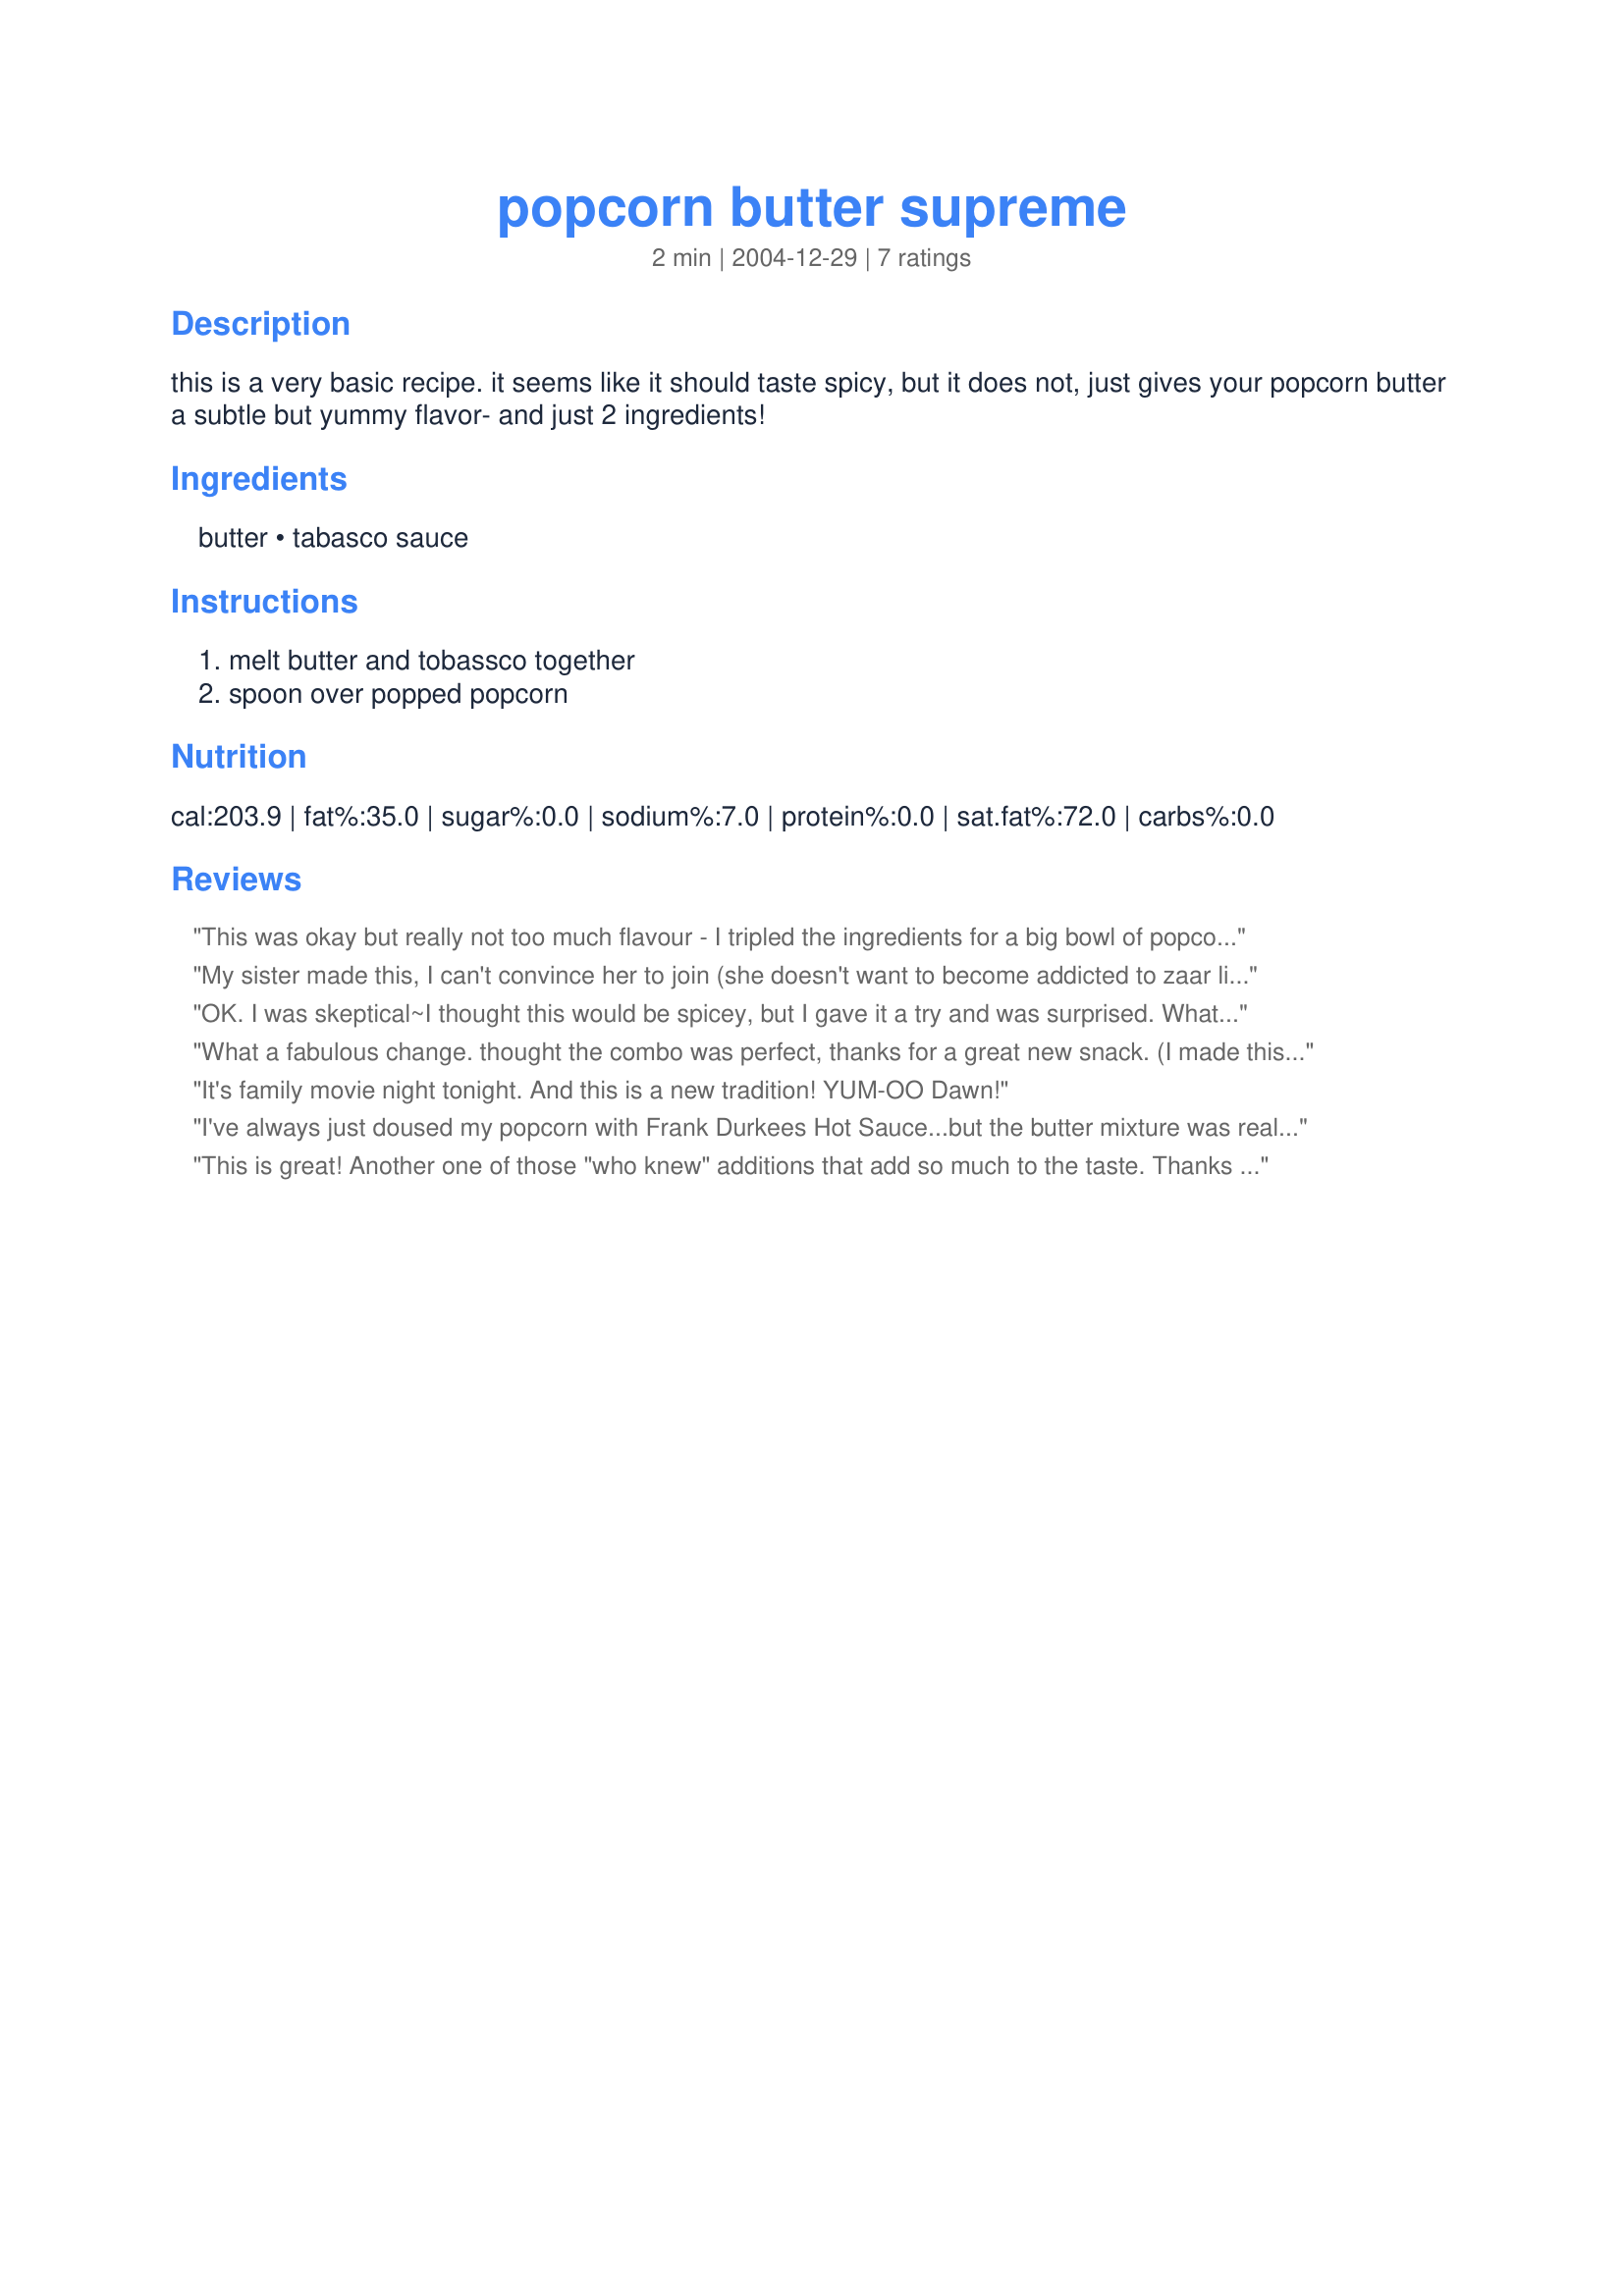
popcorn butter supreme
Preparation time: 2 minutes

this is a very basic recipe. it seems like it should taste spicy, but it does not, just gives your popcorn butter a subtle but yummy flavor- and just 2 ingredients!

Ingredients:
butter, tabasco sauce

Steps:
melt butter and tobassco together, spoon over popped popcorn

Reviews:
This was okay but really not too much flavour - I tripled the ingredients for a big bowl of popcorn. There was a bit of a hot kick but that's it.
My sister made this, I can't convince her to join (she doesn't want to become addicted to zaar like me), so I'll write her review.
This is her new favourite popcorn (and she's a connisseur). "It's so good, not spicy at all, just a great flavour."
OK. I was skeptical~I thought this would be spicey, but I gave it a try and was surprised. What a tasty & unique change from my "regular" popcorn. I enjoyed it with a cold beer...or two..or maybe it was three. Thanks Dawn!
What a fabulous change. thought the combo was perfect, thanks for a great new snack. (I made this a 2nd time, and was out of tobasco, so i ussed Franks Red Hot sauce) was equally delicious!
It's family movie night tonight. And this is a new tradition! YUM-OO Dawn!
I've always just doused my popcorn with Frank Durkees Hot Sauce...but the butter mixture was really good. Thanks for a nice addition to one of my favorite snacks Dawn.
This is great! Another one of those "who knew" additions that add so much to the taste. Thanks for sharing.
